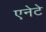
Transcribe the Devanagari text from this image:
एनेटे